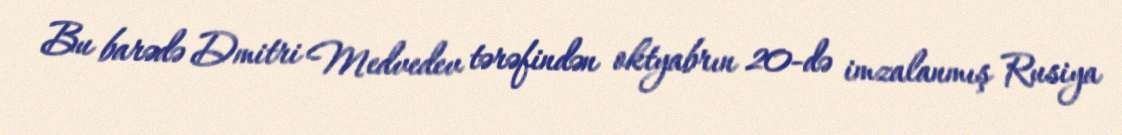
Bu barədə Dmitri Medvedev tərəfindən oktyabrın 20-də imzalanmış Rusiya